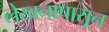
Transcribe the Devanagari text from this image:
लेखनापासून